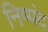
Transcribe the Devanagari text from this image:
निष्पंद